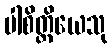
ပါစိတ္တိယေသု